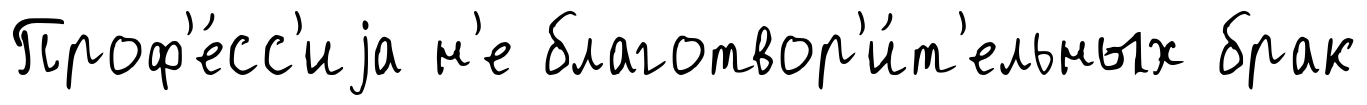
Проф'е́сс'иjа н'е благотвор'и́т'ельных брак